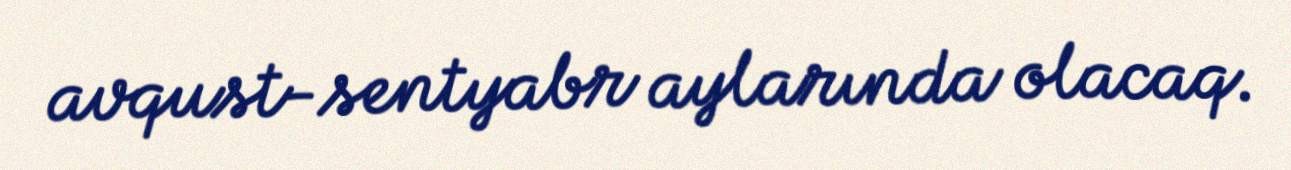
avqust-sentyabr aylarında olacaq.